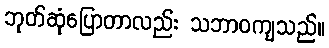
ဘုတ်ဆုံပြောတာလည်း သဘာဝကျသည်။